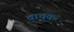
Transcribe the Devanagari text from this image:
वाचकः